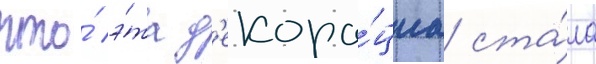
что́ э́та д'екора́циа ста́ла